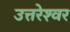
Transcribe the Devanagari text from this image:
उत्तरेश्‍वर